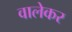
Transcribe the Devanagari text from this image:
वालेकर